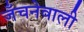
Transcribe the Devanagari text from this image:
जँचनेवाली